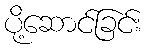
ပို့ဆောင်ခြင်း